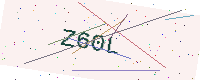
Text: Z60L